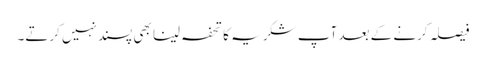
فیصلہ کرنے کے بعد آپ شکریہ کا تحفہ لینا بھی پسندنہیں کرتے۔